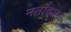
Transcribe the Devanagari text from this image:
नतोदार